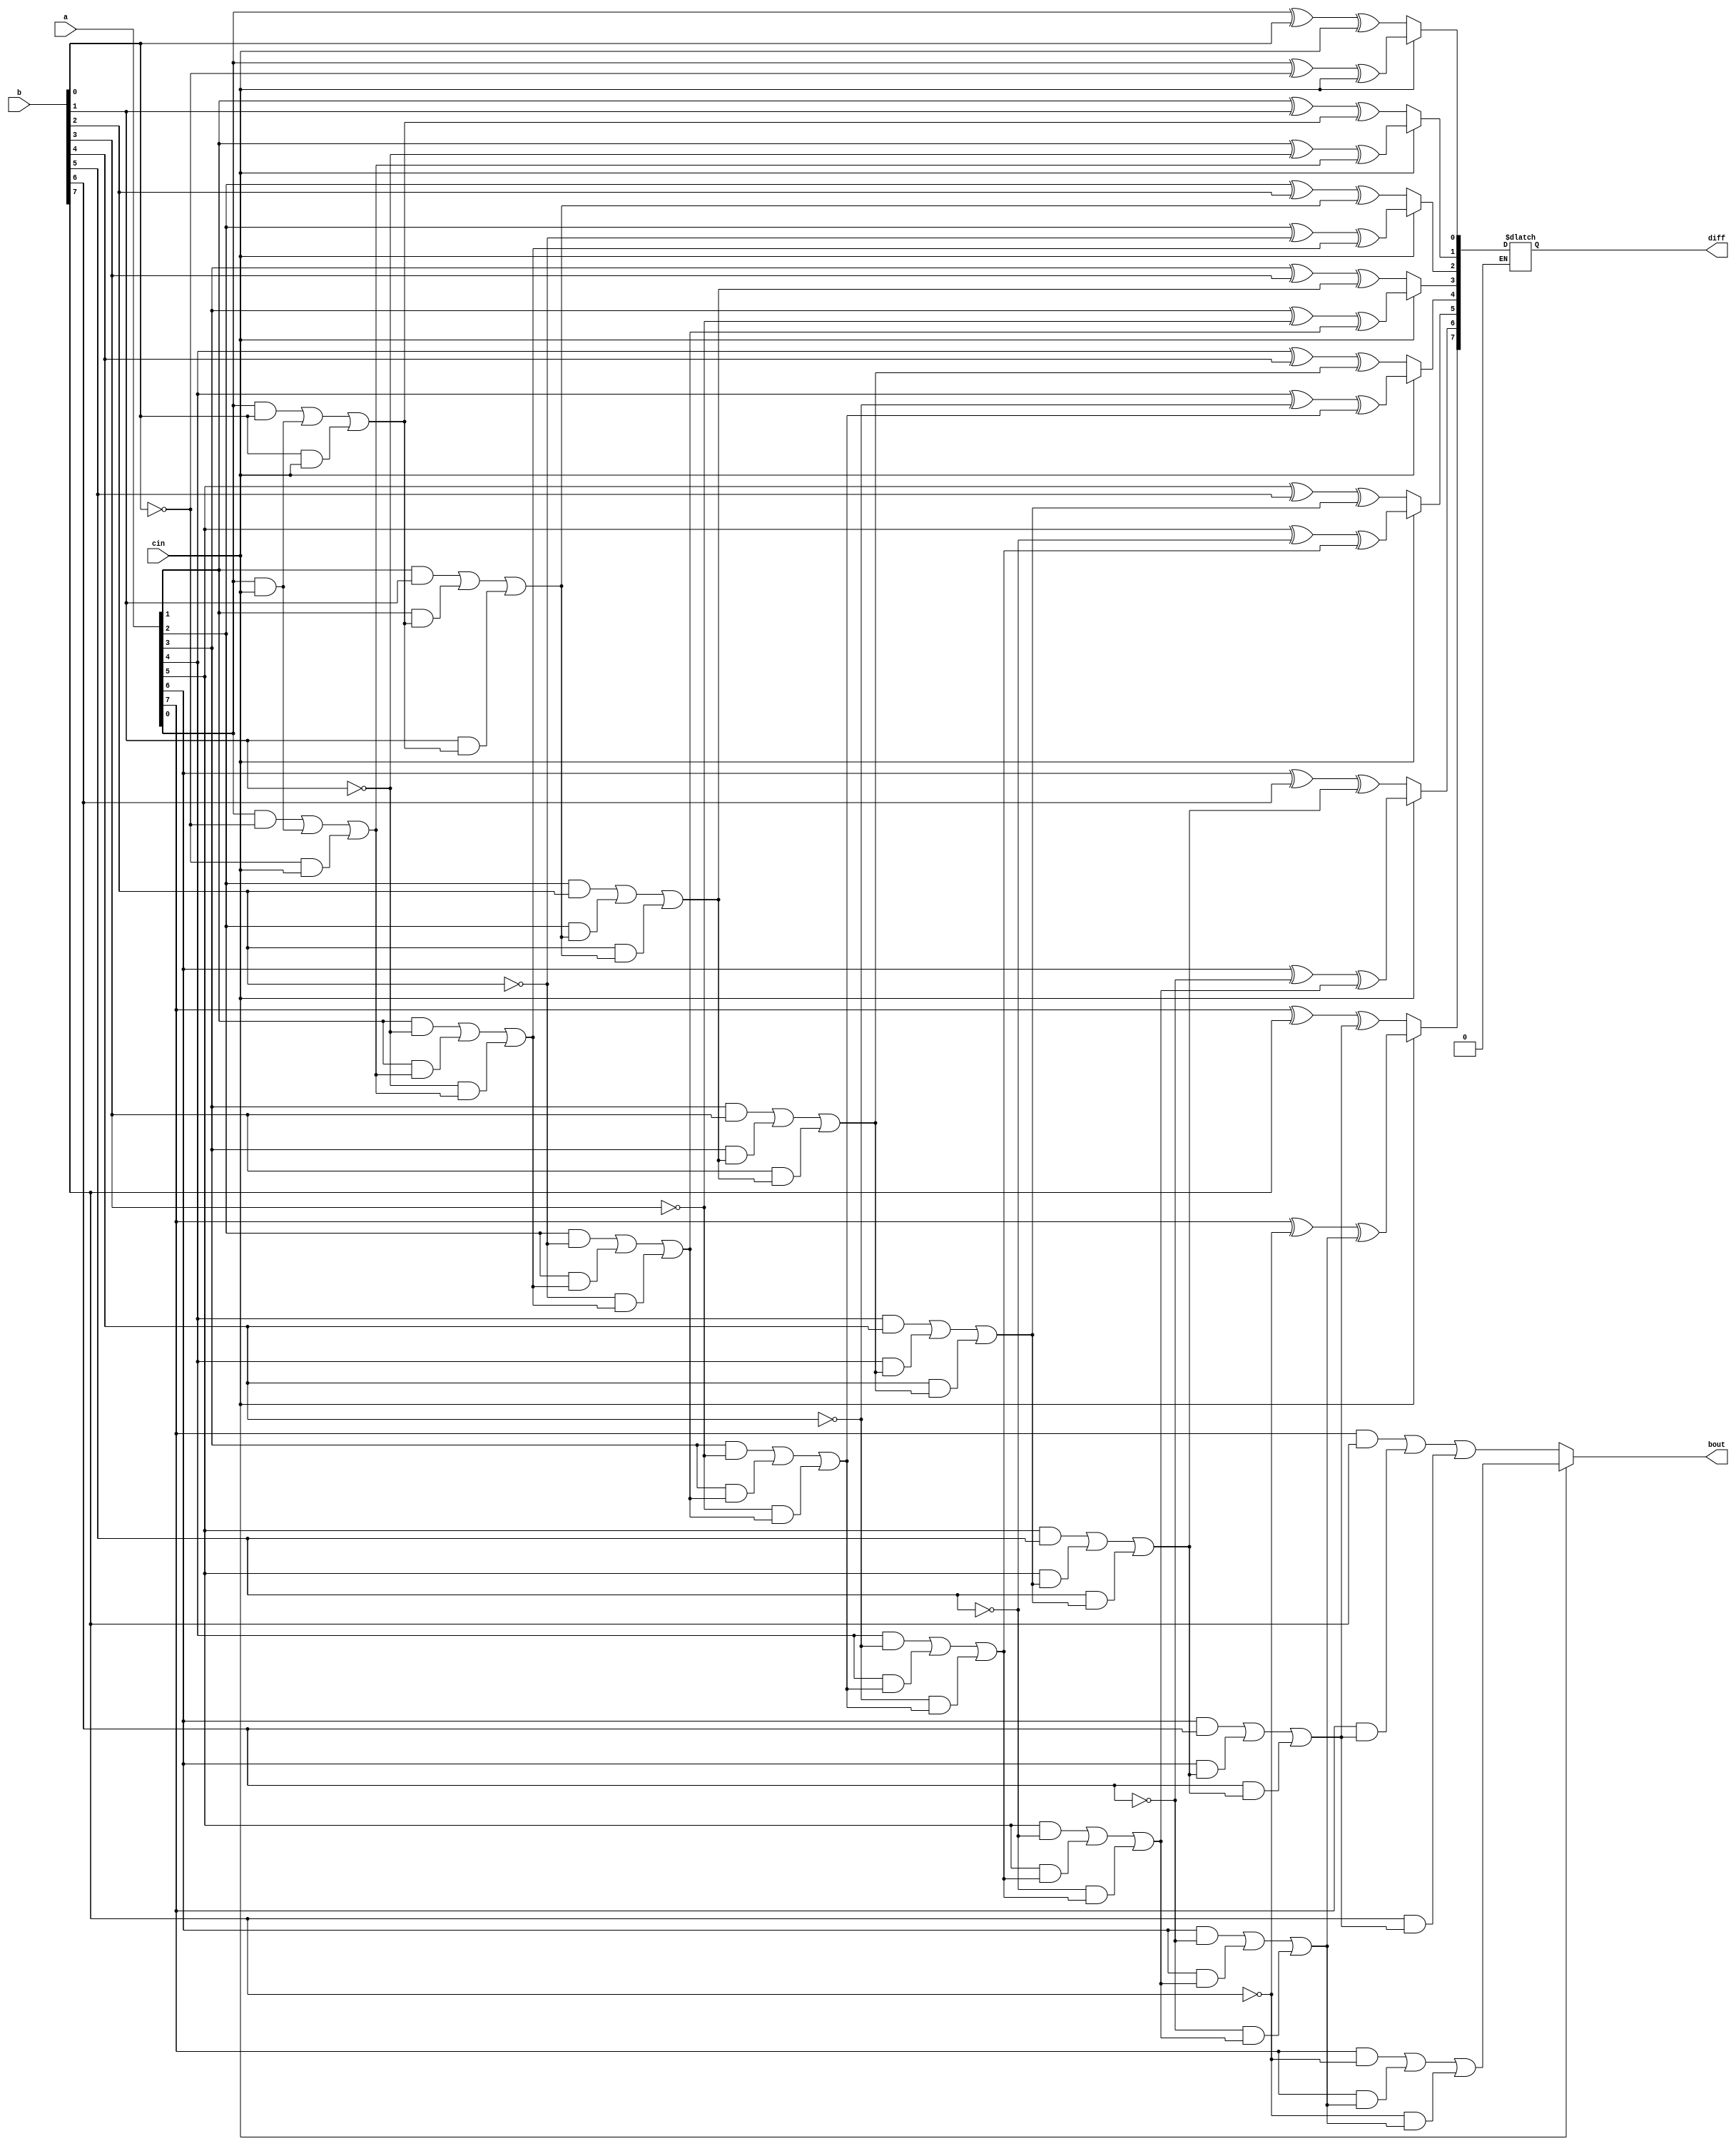
module par_sub(a,b,cin,diff,bout);
input [7:0] a;
input [7:0] b;
input cin;
output reg [7:0] diff;
output reg bout;
reg [8:0] c;
integer i;
always @ (a or b or cin)
begin
c[0]=cin;
if (cin == 0) begin
for ( i=0; i<8 ; i=i+1)
begin
diff[i]= a[i]^b[i]^c[i];
c[i+1]= (a[i]&b[i])|(a[i]&c[i])|(b[i]&c[i]);
end
end
else if (cin == 1) begin
for ( i=0; i<8 ; i=i+1)
begin
diff[i]= a[i]^(~ b[i])^c[i];
c[i+1]= (a[i]&(~b[i]))|(a[i]&c[i])|((~b[i])&c[i]);
end
end
bout=c[8];
end
endmodule